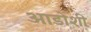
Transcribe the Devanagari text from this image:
आडोशी